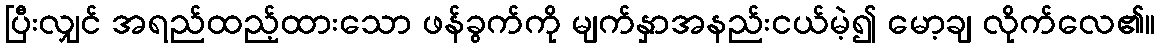
ပြီးလျှင် အရည်ထည့်ထားသော ဖန်ခွက်ကို မျက်နှာအနည်းငယ်မဲ့၍ မော့ချ လိုက်လေ၏။